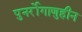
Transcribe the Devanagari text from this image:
पुनर्रोगाणुहीन